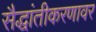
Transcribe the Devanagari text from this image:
सैद्धांतीकरणावर